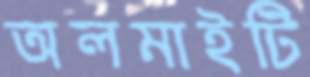
অলমাইটি